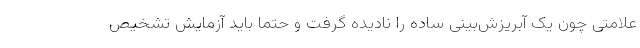
علامتی چون یک آبریزش‌بینی ساده را نادیده گرفت و حتما باید آزمایش تشخیص